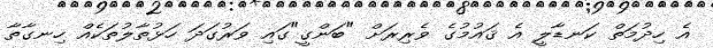
އެ ހިދުމަތް ކަނޑާލީ އެ ޤައުމުގެ ވެރިރަށް "ބަންގީ"ގައި ވަރުގަދަ ހަޅުތާލުތަކެއް ހިނގާތާ